Civil Veterinary Department Bihar & Orissa reports 1929-36 - 1929-1936
Year: 1929
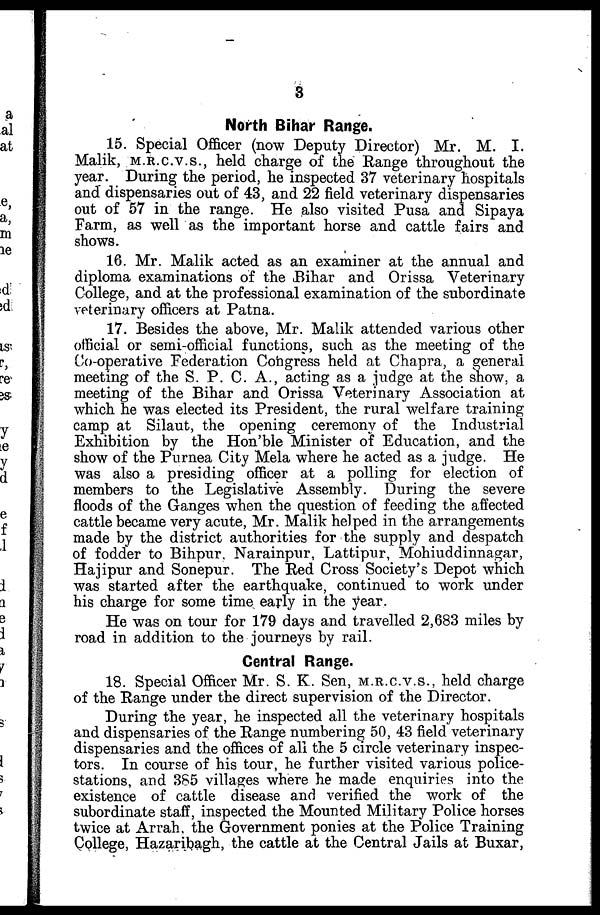
3
North Bihar Range.
15. Special Officer (now Deputy Director) Mr. M. I.
Malik, M.R.C.V.S., held charge of the Range throughout the
year. During the period, he inspected 37 veterinary hospitals
and dispensaries out of 43, and 22 field veterinary dispensaries
out of 57 in the range. He also visited Pusa and Sipaya
Farm, as well as the important horse and cattle fairs and
shows.
16. Mr. Malik acted as an examiner at the annual and
diploma examinations of the Bihar and Orissa Veterinary
College, and at the professional examination of the subordinate
veterinary officers at Patna.
17. Besides the above, Mr. Malik attended various other
official or semi-official functions, such as the meeting of the
Co-operative Federation Congress held at Chapra, a general
meeting of the S. P. C. A., acting as a judge at the show, a
meeting of the Bihar and Orissa Veterinary Association at
which he was elected its President, the rural welfare training
camp at Silaut, the opening ceremony of the Industrial
Exhibition by the Hon'ble Minister of Education, and the
show of the Purnea City Mela where he acted as a judge. He
was also a presiding officer at a polling for election of
members to the Legislative Assembly. During the severe
floods of the Ganges when the question of feeding the affected
cattle became very acute, Mr. Malik helped in the arrangements
made by the district authorities for the supply and despatch
of fodder to Bihpur. Narainpur, Lattipur, Mohiuddinnagar,
Hajipur and Sonepur. The Red Cross Society's Depot which
was started after the earthquake, continued to work under
his charge for some time early in the year.
He was on tour for 179 days and travelled 2,683 miles by
road in addition to the journeys by rail.
Central Range.
18. Special Officer Mr. S. K. Sen, M.R.C.V.S., held charge
of the Range under the direct supervision of the Director.
During the year, he inspected all the veterinary hospitals
and dispensaries of the Range numbering 50, 43 field veterinary
dispensaries and the offices of all the 5 circle veterinary inspec-
tors. In course of his tour, he further visited various police-
stations, and 385 villages where he made enquiries into the
existence of cattle disease and verified the work of the
subordinate staff, inspected the Mounted Military Police horses
twice at Arrah, the Government ponies at the Police Training
College, Hazaribagh, the cattle at the Central Jails at Buxar,